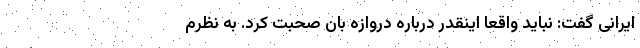
ایرانی گفت: نباید واقعا اینقدر درباره دروازه بان صحبت کرد. به نظرم